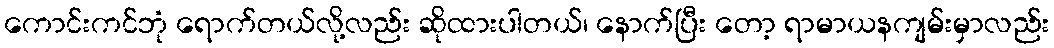
ကောင်းကင်ဘုံ ရောက်တယ်လို့လည်း ဆိုထားပါတယ်၊ နောက်ပြီး တော့ ရာမာယနကျမ်းမှာလည်း